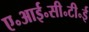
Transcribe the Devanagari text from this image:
ए॰आई॰सी॰टी॰ई